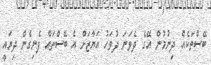
ބޭސްތަކެއް ދިނުމުން އޭގެ ދެވަނަ ދުވަހު އަޔާޒަށް އެ ބޭސްތައް ފެނިގެން ދިޔައީ